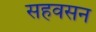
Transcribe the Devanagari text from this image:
सहवसन